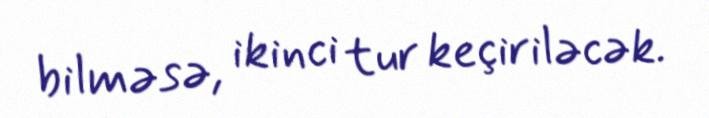
bilməsə, ikinci tur keçiriləcək.